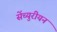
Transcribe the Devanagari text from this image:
सेंच्युरीयन